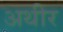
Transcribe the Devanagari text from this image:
अथीर